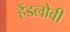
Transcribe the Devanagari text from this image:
हैंडलोवी